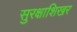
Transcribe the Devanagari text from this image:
सुरक्षाशिखर